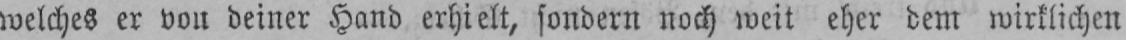
welches er von deiner Hand erhielt, sondern noch weit eher dem wirklichen